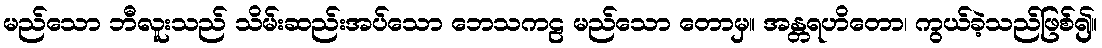
မည်သော ဘီလူးသည် သိမ်းဆည်းအပ်သော ဘေသကဠ မည်သော တောမှ။ အန္တရဟိတော၊ ကွယ်ခဲ့သည်ဖြစ်၍။